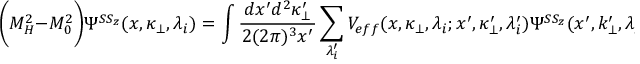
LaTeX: \biggl ( M _ { H } ^ { 2 } - M _ { 0 } ^ { 2 } \biggr ) \Psi ^ { S S _ { z } } ( x , \kappa _ { \bot } , \lambda _ { i } ) = \int \frac { \, d x ^ { \prime } d ^ { 2 } \kappa _ { \bot } ^ { \prime } \, } { 2 ( 2 \pi ) ^ { 3 } x ^ { \prime } } \sum _ { \lambda _ { i } ^ { \prime } } V _ { e f f } ( x , \kappa _ { \bot } , \lambda _ { i } ; x ^ { \prime } , \kappa _ { \bot } ^ { \prime } , \lambda _ { i } ^ { \prime } ) { \Psi } ^ { S S _ { z } } ( x ^ { \prime } , k _ { \bot } ^ { \prime } , \lambda _ { i } ^ { \prime } ) \, ,